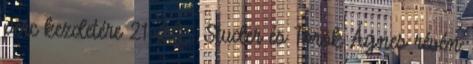
perc kezdetére 21-20 . Studer és Török Ágnes révén